Papers set at the Examination for Leaving Certificates, 1895
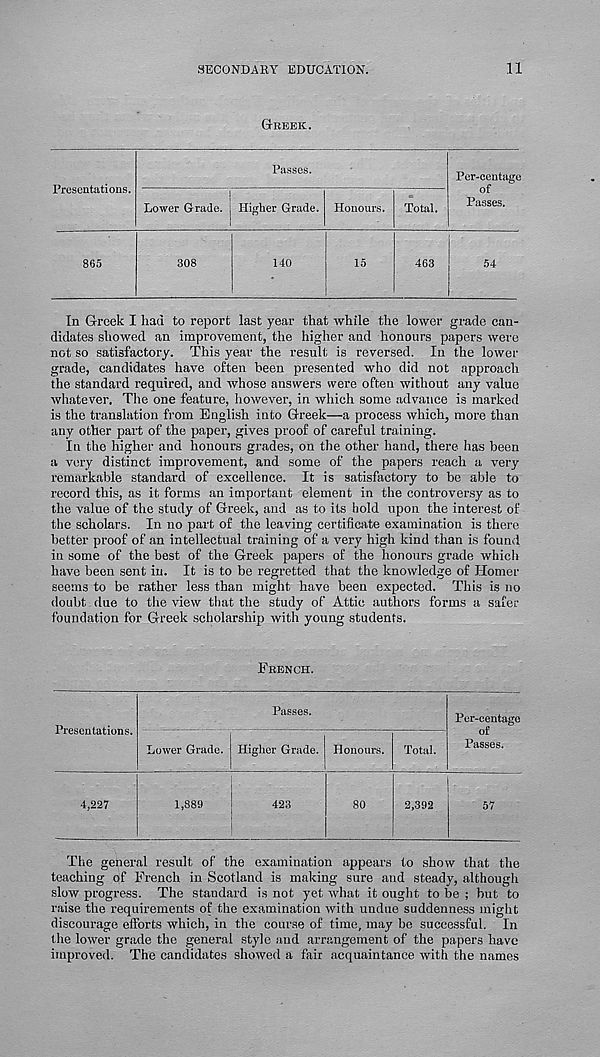
SECONDARY EDUCATION.
11
GREEK.
Presentations.
Passes.
Lower Grade. Higher Grade. Honours. Total,
Per-eeutage
of
Passes.
865
308
140
15
463
54
In Greek I had to report last year that while the lower grade can-
didates showed an improvement, the higher and honours papers were
not so satisfactory. This year the result is reversed. In the lower
grade, candidates have often been presented who did not approach
the standard required, and whose answers were often without any value
whatever. The one feature, however, in which some advance is marked
is the translation from English into Greek—a process which, more than
any other part of the paper, gives proof of careful training.
In the higher and honours grades, on the other hand, there has been
a very distinct improvement, and some of the papers reach a very
remarkable standard of excellence. It is satisfactory to be able to
record this, as it forms an important element in the controversy as to
the value of the study of Greek, and as to its bold upon the interest of
the scholars. In no part of the leaving certificate examination is there
better proof of an intellectual training of a very high kind than is found
in some of the best of the Greek papers of the honours grade whicli
have been sent in. It is to be regretted that the knowledge of Homer
seems to be rather less than might have been expected. This is no
doubt due to the view that the study of Attic authors forms a safer
foundation for Greek scholarship with young students.
FRENCH.
Presentations.
Passes.
Lower Grade. Higher Grade. Honours.
Total.
Per-centage
of
Passes.
4,227
1,889
423
80
2,392
The general result of the examination appears to show that the
teaching of French in Scotland is making sure and steady, although
slow progress. The standard is not yet what it ought to be ; but to
raise the requirements of the examination with undue suddenness might
discourage efforts which, in the course of time, may be successful. In
the lower grade the general style and arrangement of the papers have
improved. The candidates showed a fair acquaintance with the names